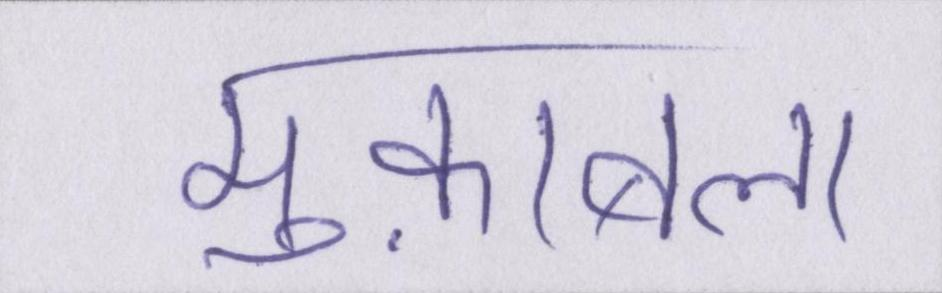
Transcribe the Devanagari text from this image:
मुक़ाबला